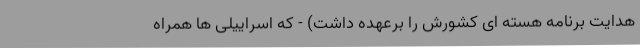
هدایت برنامه هسته ای کشورش را برعهده داشت) - که اسراییلی ها همراه